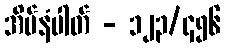
အိမ်နံပါတ် - ၁၂၃/၄၅၆